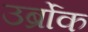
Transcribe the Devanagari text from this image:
उर्ब्रोक